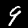
Digit: 9